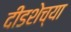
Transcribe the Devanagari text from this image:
दीडशेच्या